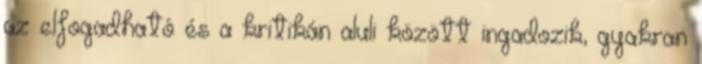
az elfogadható és a kritikán aluli között ingadozik, gyakran